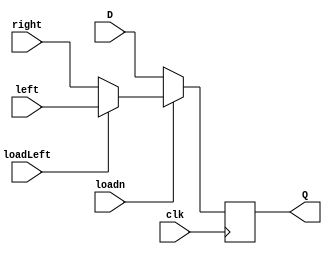
//part 2 subcircuit; a D flip flop capable of parallel loading as well as left and right shifting
module subCircuit(left, right, loadLeft, D, loadn, clk, Q);
	input left, right, loadLeft, D, loadn, clk;
	output reg Q;
	
	reg leftRightOut;			//output of the left, right multiplex
	reg Dinput;					//input going directly into the flip/flop
	
	always @(posedge clk)
		begin
		
		if(loadLeft == 0)		//caluculates output of left/right multiplex
			leftRightOut = right;
		else
			leftRightOut = left;
			
		if(loadn == 0)			//calculates output going into the flip-flop
			Dinput = D;
		else
			Dinput = leftRightOut;
		
		Q <= Dinput;
		
		end	
endmodule


module Lab4Part2(ParallelLoadn, RotateRight, ASRight, DATA_IN, OUTPUT_Q, clk);
		input ParallelLoadn, RotateRight, ASRight, clk;
		reg ParallelLoadnWire;
		
		input [7:0]DATA_IN;
		output [7:0]OUTPUT_Q;
		
		subCircuit q0(OUTPUT_Q[1], OUTPUT_Q[7], RotateRight, DATA_IN[0], ParallelLoadn, clk, OUTPUT_Q[0]);
		
		subCircuit q1(OUTPUT_Q[2], OUTPUT_Q[0], RotateRight, DATA_IN[1], ParallelLoadn, clk, OUTPUT_Q[1]);
		
		subCircuit q2(OUTPUT_Q[3], OUTPUT_Q[1], RotateRight, DATA_IN[2], ParallelLoadn, clk, OUTPUT_Q[2]);
		
		subCircuit q3(OUTPUT_Q[4], OUTPUT_Q[2], RotateRight, DATA_IN[3], ParallelLoadn, clk, OUTPUT_Q[3]);
		
		subCircuit q4(OUTPUT_Q[5], OUTPUT_Q[3], RotateRight, DATA_IN[4], ParallelLoadn, clk, OUTPUT_Q[4]);
		
		subCircuit q5(OUTPUT_Q[6], OUTPUT_Q[4], RotateRight, DATA_IN[5], ParallelLoadn, clk, OUTPUT_Q[5]);
		
		subCircuit q6(OUTPUT_Q[7], OUTPUT_Q[5], RotateRight, DATA_IN[6], ParallelLoadn, clk, OUTPUT_Q[6]);
		
		subCircuit q7(OUTPUT_Q[0], OUTPUT_Q[6], RotateRight, DATA_IN[7], ParallelLoadnWire, clk, OUTPUT_Q[7]);		//this wire is to set the high bit for asright
		
		always @*
			begin
			
			if((ParallelLoadn == 1) && (RotateRight == 1) && (ASRight == 1))
				ParallelLoadnWire = ~ParallelLoadn;		//rotate but let the high bit through
			
			else
				ParallelLoadnWire = ParallelLoadn;
				
			end
endmodule 



//Another implementation; doesn't follow heirarchial coding but gets it done in one module 

/*
module Lab4Part2(ParallelLoadn, RotateRight, ASRight, DATA_IN, OUTPUT_Q, clk);
	input ParallelLoadn, RotateRight, ASRight, clk;
	input [7:0]DATA_IN;
	output reg[7:0]OUTPUT_Q;
	
	always @(posedge clk)
	begin	
		if(ParallelLoadn == 0)
		begin
			OUTPUT_Q[0] <= DATA_IN[0];
			OUTPUT_Q[1] <= DATA_IN[1];
			OUTPUT_Q[2] <= DATA_IN[2];
			OUTPUT_Q[3] <= DATA_IN[3];
			OUTPUT_Q[4] <= DATA_IN[4];
			OUTPUT_Q[5] <= DATA_IN[5];
			OUTPUT_Q[6] <= DATA_IN[6];
			OUTPUT_Q[7] <= DATA_IN[7];
		end
		
		else
		begin	
			if(RotateRight == 1)
			begin
				if(ASRight == 0)
				begin
					OUTPUT_Q[7] <= OUTPUT_Q[0];
					OUTPUT_Q[6] <= OUTPUT_Q[7];
					OUTPUT_Q[5] <= OUTPUT_Q[6];
					OUTPUT_Q[4] <= OUTPUT_Q[5];
					OUTPUT_Q[3] <= OUTPUT_Q[4];
					OUTPUT_Q[2] <= OUTPUT_Q[3];
					OUTPUT_Q[1] <= OUTPUT_Q[2];
					OUTPUT_Q[0] <= OUTPUT_Q[1];
				end
				
				else
				begin
					OUTPUT_Q[7] <= DATA_IN[7];
					OUTPUT_Q[6] <= OUTPUT_Q[7];
					OUTPUT_Q[5] <= OUTPUT_Q[6];
					OUTPUT_Q[4] <= OUTPUT_Q[5];
					OUTPUT_Q[3] <= OUTPUT_Q[4];
					OUTPUT_Q[2] <= OUTPUT_Q[3];
					OUTPUT_Q[1] <= OUTPUT_Q[2];
					OUTPUT_Q[0] <= OUTPUT_Q[1];
				end
			end
			
			else
			begin
				OUTPUT_Q[7] <= OUTPUT_Q[6];
				OUTPUT_Q[6] <= OUTPUT_Q[5];
				OUTPUT_Q[5] <= OUTPUT_Q[4];
				OUTPUT_Q[4] <= OUTPUT_Q[3];
				OUTPUT_Q[3] <= OUTPUT_Q[2];
				OUTPUT_Q[2] <= OUTPUT_Q[1];
				OUTPUT_Q[1] <= OUTPUT_Q[0];
				OUTPUT_Q[0] <= OUTPUT_Q[7];
			end
		end
	end
	
endmodule
*/